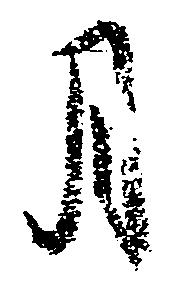
月